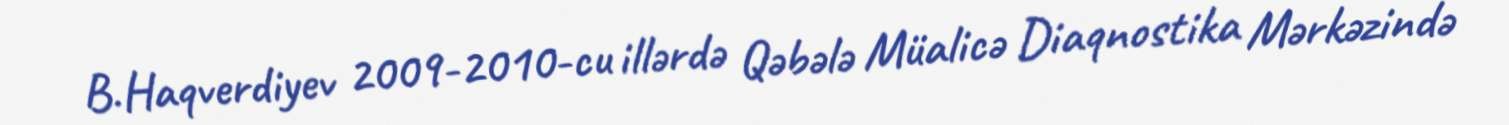
B.Haqverdiyev 2009-2010-cu illərdə Qəbələ Müalicə Diaqnostika Mərkəzində